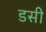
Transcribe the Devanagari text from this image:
डसी